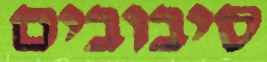
סיבובים